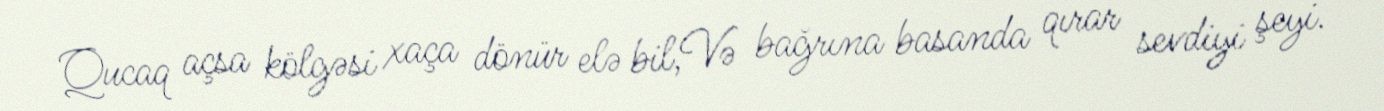
Qucaq açsa kölgəsi xaça dönür elə bil,Və bağrına basanda qırar sevdiyi şeyi.